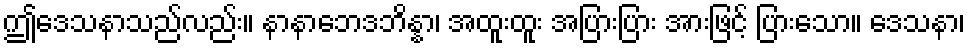
ဤဒေသနာသည်လည်း။ နာနာဘေဒဘိန္နာ၊ အထူးထူး အပြားပြား အားဖြင့် ပြားသော။ ဒေသနာ၊